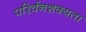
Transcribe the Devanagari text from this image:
परिर्वनशक्यता